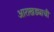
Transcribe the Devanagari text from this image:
आराखड्याची